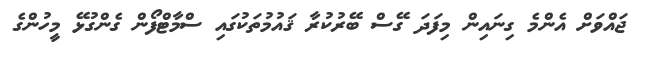
ޖައްވަށް އެންމެ ގިނައިން މިފަދަ ގޭސް ބޭރުކުރާ ޤައުމުތަކުގައި ސްމާޓްފޯން ގެންގުޅޭ މީހުންގެ